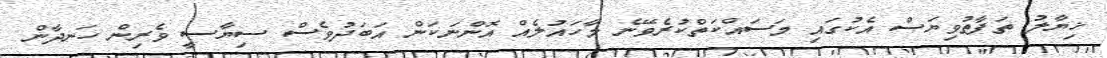
ޚިޔާލު ތަފާތުވިޔަސް އެކުގައި މަސައްކަތްކުރެވޭނެ މާހައުލެއް އޮންނަކަން އަބަދުވެސް ސިޔާސީ ވެރިން ހަނދާން